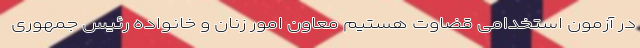
در آزمون استخدامی قضاوت هستیم معاون امور زنان و خانواده رئیس جمهوری